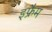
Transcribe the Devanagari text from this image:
इफ्रैम